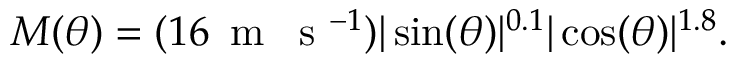
M ( \theta ) = ( 1 6 \, \textrm { m \, s } ^ { - 1 } ) \vert \sin ( \theta ) \vert ^ { 0 . 1 } \vert \cos ( \theta ) \vert ^ { 1 . 8 } .